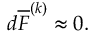
d \overline { { { F } } } ^ { ( k ) } \approx 0 .